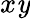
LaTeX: x\mathit{y}